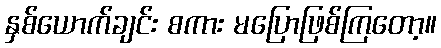
နှစ်ယောက်ချင်း စကား မပြောဖြစ်ကြတော့။